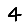
Digit: 4